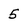
Character: 5